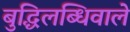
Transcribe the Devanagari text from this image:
बुद्धिलब्धिवाले